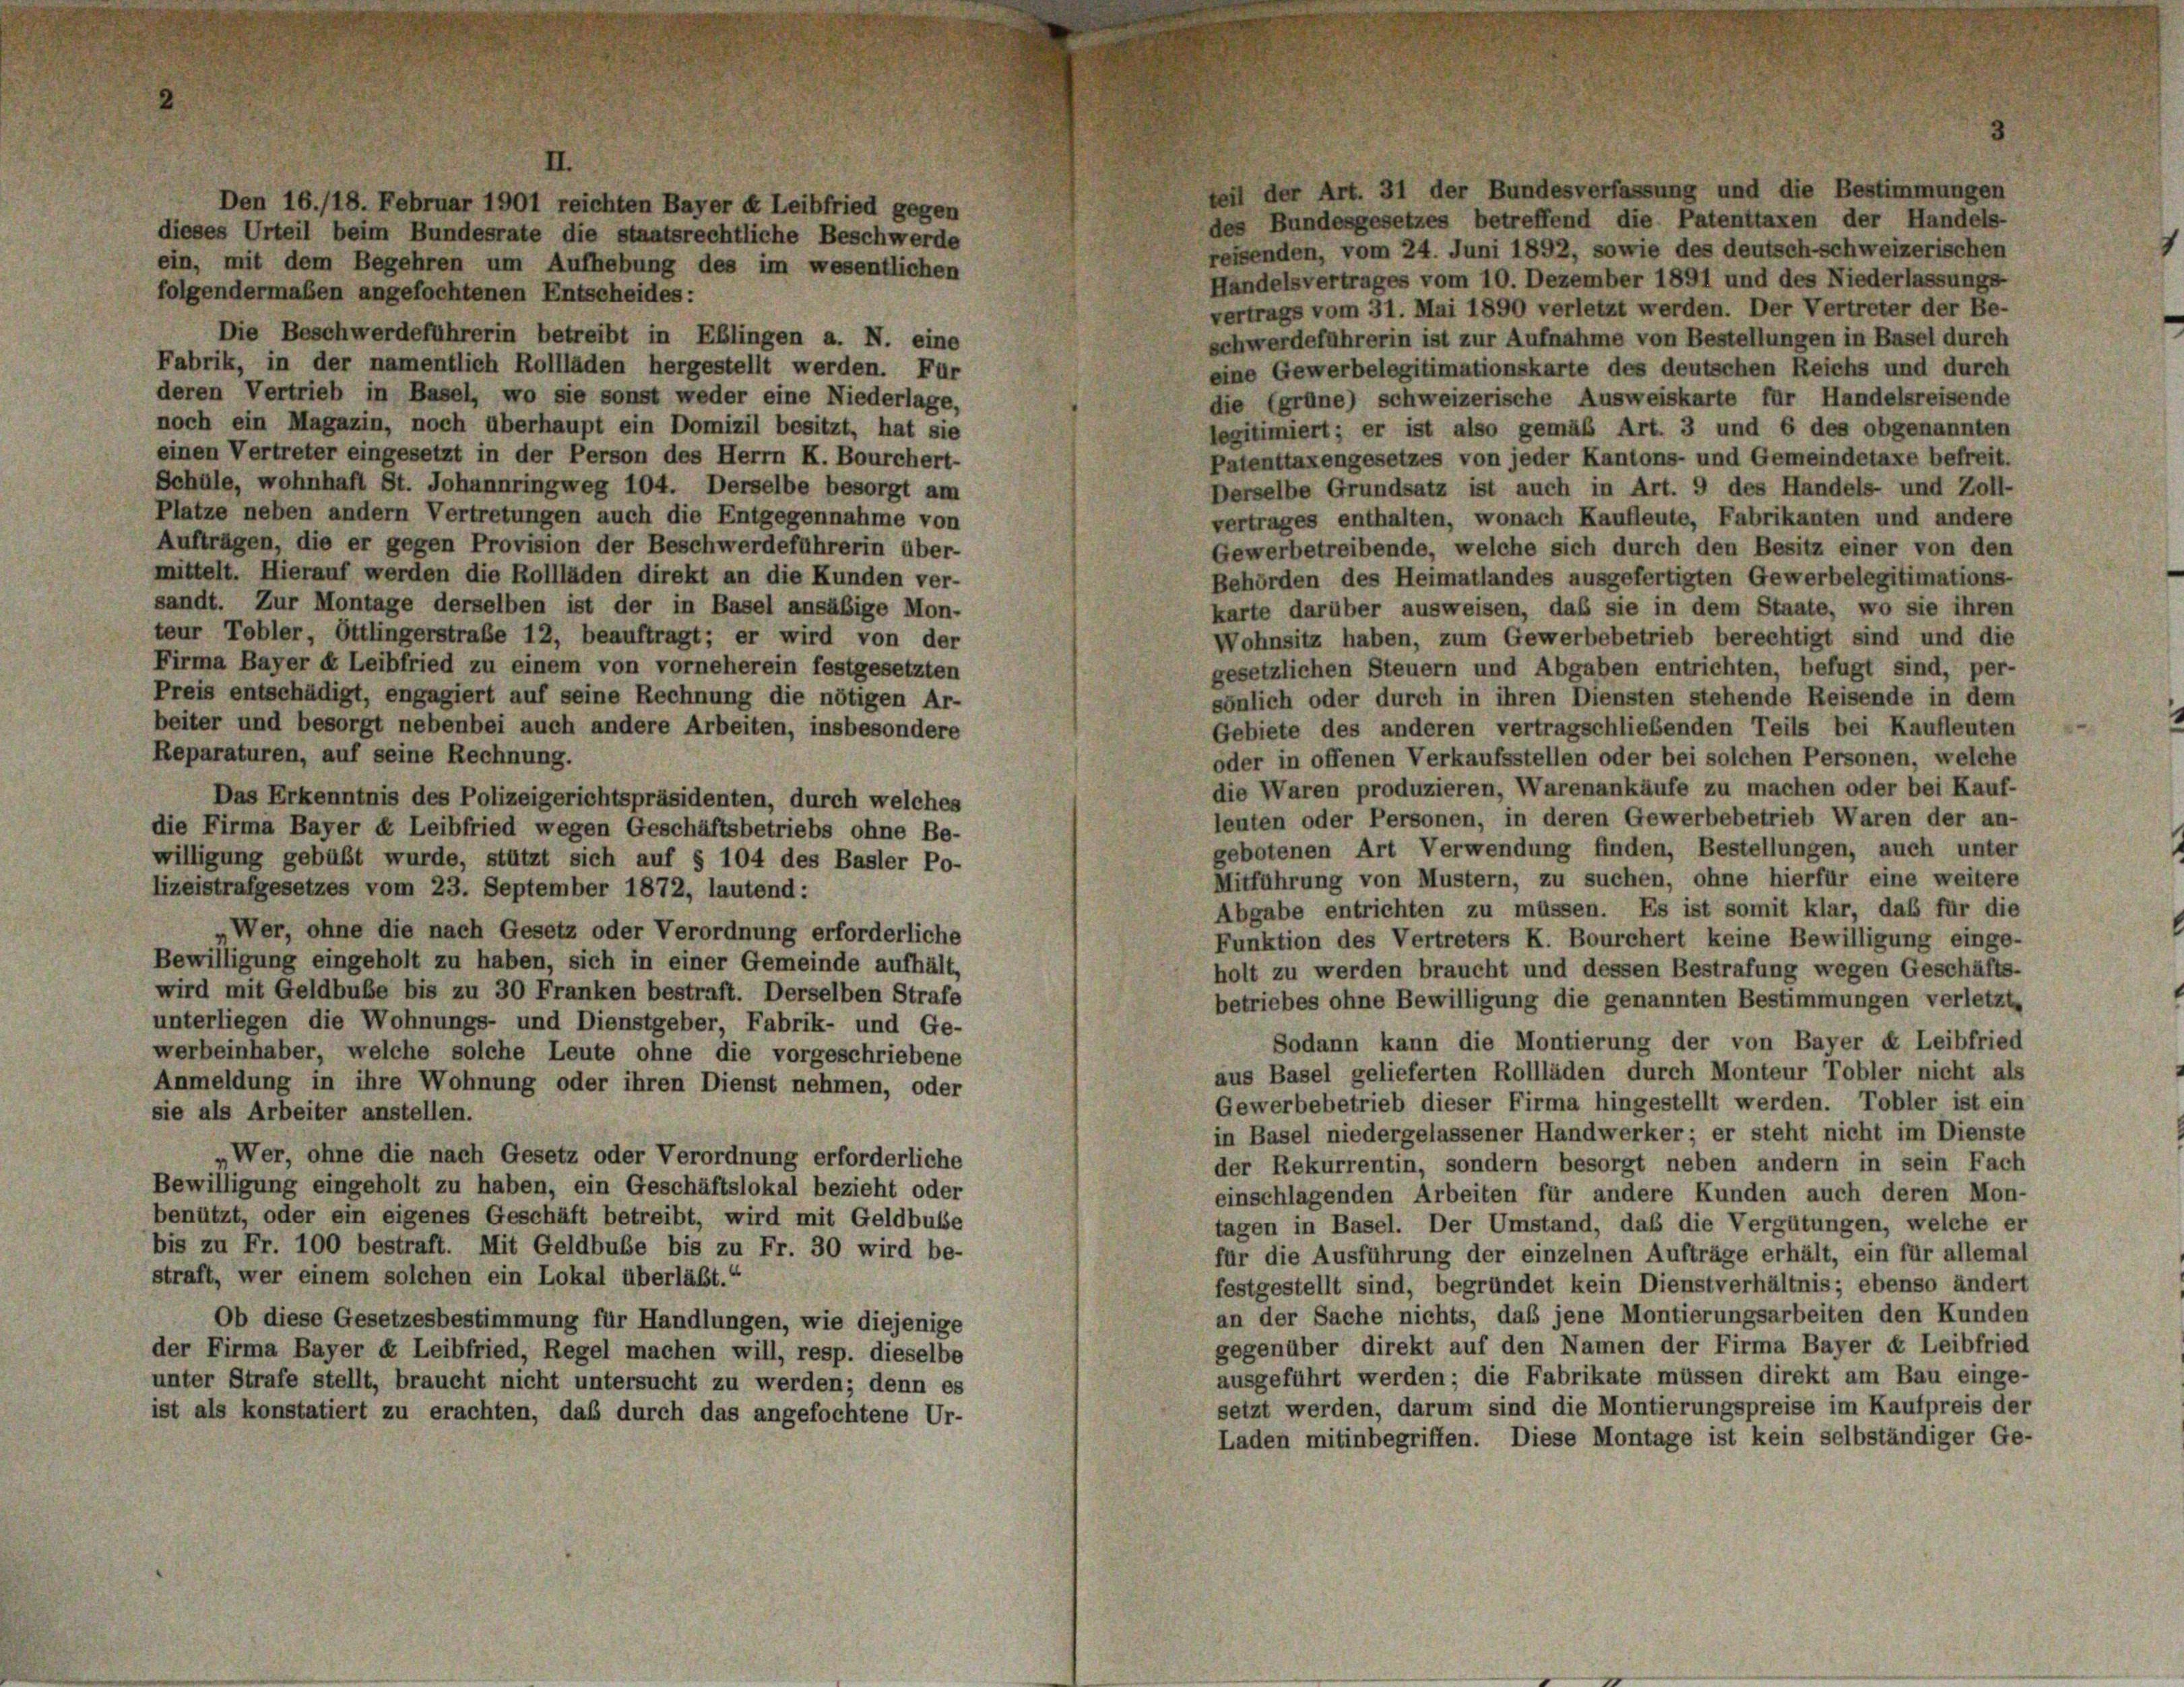
teil der Art. 31 der Bundesverfassung und die Bestimmungen
Den 16./18. Februar 1901 reichten Bayer u Leibfried gegen
des Bundesgesetzes betreffend die Patenttaxen der Handels-
dieses Urteil beim Bundesrate die staatsrechtliche Beschwerde
reisenden, vom 24. Juni 1892, sowie des deutsch-schweizerischen
ein, mit dem Begehren um Aufhebung des im wesentlichen
Handelsvertrages vom 10. Dezember 1891 und des Niederlassungs
folgendermaßen angefochtenen Entscheides:
vertrags vom 31. Mai 1890 verletzt werden. Der Vertreter der Be-
Die Beschwerdeführerin betreibt in Eblingen a. N. eine
schwerdeführerin ist zur Aufnahme von Bestellungen in Basel durch
Fabrik, in der namentlich Rollläden hergestellt werden. Für
eine Gewerbelegitimationskarte des deutschen Reichs und durch
deren Vertrieb in Basel, wo sie sonst weder eine Niederlage,
die (grüne) schweizerische Ausweiskarte für Handelsreisende
noch ein Magazin, noch überhaupt ein Domizil besitzt, hat sie
legitimiert; er ist also gemäß Art. 3 und 6 des obgenannten
einen Vertreter eingesetzt in der Person des Herrn K. Bourchert-
Patenttaxengesetzes von jeder Kantons- und Gemeindetaxe befreit.
Schule, wohnhaft St. Johannringweg 104. Derselbe besorgt am
Derselbe Grundsatz ist auch in Art. 9 des Handels- und Zoll-
Plätze neben andern Vertretungen auch die Entgegennahme von
vertrages enthalten, wonach Kaufleute, Fabrikanten und andere
Aufträgen, die er gegen Provision der Beschwerdeführerin über-
Gewerbetreibende, welche sich durch den Besitz einer von den
nittelt. Hierauf werden die Rollläden direkt an die Kunden ver-
Behörden des Heimatlandes ausgefertigten Gewerbelegitimations-
sandt. Zur Montage derselben ist der in Basel ansäßige Mon-
karte darüber ausweisen, daß sie in dem Staate, wo sie ihren
eur Tobler, Öttlingerstraße 12, beauftragt; er wird von der
Wohnsitz haben, zum Gewerbebetrieb berechtigt sind und die
Firma Bayer « Leibfried zu einem von vorneherein festgesetzten
gesetzlichen Steuern und Abgaben entrichten, befugt sind, per-
Preis entschädigt, engagiert auf seine Rechnung die nötigen Ar-
sönlich oder durch in ihren Diensten stehende Reisende in dem
beiter und besorgt nebenbei auch andere Arbeiten, insbesondere
Gebiete des anderen vertragschließenden Teils bei Kaufleuten
teparaturen, auf seine Rechnung.
oder in offenen Verkaufsstellen oder bei solchen Personen, welche
die Waren produzieren, Warenankäufe zu machen oder bei Kauf-
Das Erkenntnis des Polizeigerichtspräsidenten, durch welches
leuten oder Personen, in deren Gewerbebetrieb Waren der an-
die Firma Bayer de Leibfried wegen Geschäftsbetriebs ohne Be-
gebotenen Art Verwendung finden, Bestellungen, auch unter
willigung gebüßt wurde, stützt sich auf § 104 des Basler Po-
Mitführung von Mustern, zu suchen, ohne hierfür eine weitere
lizeistrafgesetzes vom 23. September 1872, lautend:
Abgabe entrichten zu müssen. Es ist somit klar, daß für die
„Wer, ohne die nach Gesetz oder Verordnung erforderliche
Funktion des Vertreters K. Bourchert keine Bewilligung einge-
Bewilligung eingeholt zu haben, sich in einer Gemeinde aufhält,
holt zu werden braucht und dessen Bestrafung wegen Geschäfts-
wird mit Geldbuße bis zu 30 Franken bestraft. Derselben Strafe
betriebes ohne Bewilligung die genannten Bestimmungen verletzt,
unterliegen die Wohnungs- und Dienstgeber, Fabrik- und Ge-
Sodann kann die Montierung der von Bayer u Leibfried
werbeinhaber, welche solche Leute ohne die vorgeschriebene
aus Basel gelieferten Rollläden durch Monteur Tobler nicht als
Anmeldung in ihre Wohnung oder ihren Dienst nehmen, oder
Gewerbebetrieb dieser Firma hingestellt werden. Tobler ist ein
sie als Arbeiter anstellen.
in Basel niedergelassener Handwerker; er steht nicht im Dienste
Wer, ohne die nach Gesetz oder Verordnung erforderliche
der Rekurrentin, sondern besorgt neben andern in sein Fach
Bewilligung eingeholt zu haben, ein Geschäftslokal bezieht oder
einschlagenden Arbeiten für andere Kunden auch deren Mon-
benützt, oder ein eigenes Geschäft betreibt, wird mit Geldbusse
tagen in Basel. Der Umstand, daß die Vergütungen, welche er
bis zu Fr. 100 bestraft. Mit Geldbube bis zu Fr. 30 wird be-
für die Ausführung der einzelnen Aufträge erhält, ein für allemal
straft, wer einem solchen ein Lokal überläßt.“
festgestellt sind, begründet kein Dienstverhältnis; ebenso ändert
an der Sache nichts, daß jene Montierungsarbeiten den Kunden
Ob diese Gesetzesbestimmung für Handlungen, wie diejenige
gegenüber direkt auf den Namen der Firma Bayer et Leibfried
der Firma Bayer et Leibfried, Regel machen will, resp. dieselbe
ausgeführt werden; die Fabrikate müssen direkt am Bau einge-
unter Strafe stellt, braucht nicht untersucht zu werden; denn es
setzt werden, darum sind die Montierungspreise im Kaufpreis der
st als konstatiert zu erachten, daß durch das angefochtene Ur-
Laden mitinbegriffen. Diese Montage ist kein selbständiger Ge-